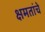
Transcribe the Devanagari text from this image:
क्षमतांचे